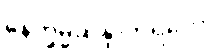
နေက္ခမ္မဆန္ဒာဘိရတော